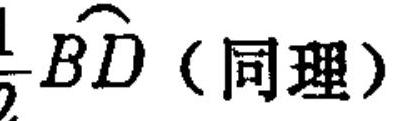
\frac{1}{2}\overset{\frown}{BD}（同理）